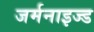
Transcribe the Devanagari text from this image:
जर्मनाइज्ड